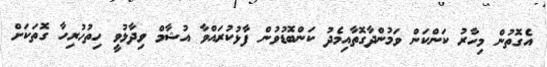
އެގޮތުން މިހާރު ކަންކަން ވަމުންދާގޮތާއިމެދު ކަންބޮޑުވުން ފާޅުކުރައްވާ އުޝާމް ވިދާޅުވީ ހިތުހުރިހާ ގޮތަކަށް